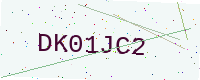
Text: DK01JC2